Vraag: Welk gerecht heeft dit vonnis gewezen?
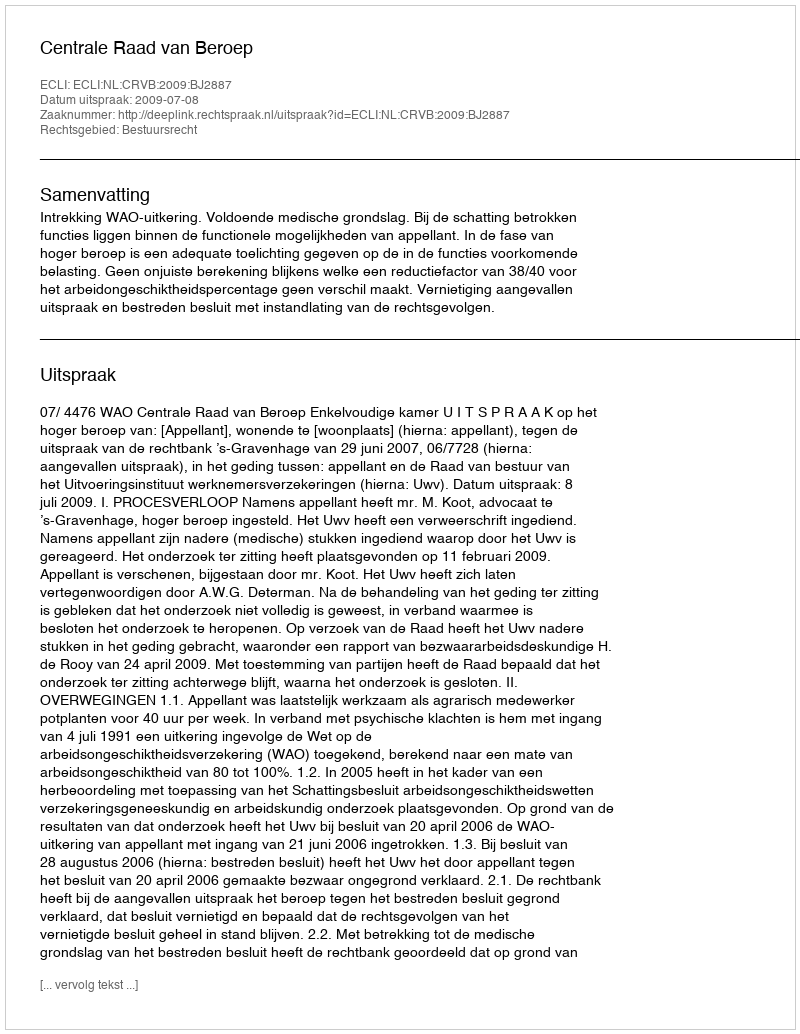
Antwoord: Centrale Raad van Beroep